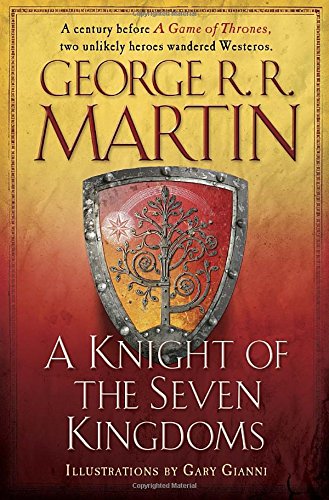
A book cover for A Knight of the Seven Kingdoms (A Song of Ice and Fire); George R. R. Martin; Science Fiction & Fantasy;